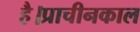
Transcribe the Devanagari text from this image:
है।प्राचीनकाल